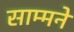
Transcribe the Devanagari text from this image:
साम्मने